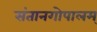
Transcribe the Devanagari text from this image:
संतानगोपालम्